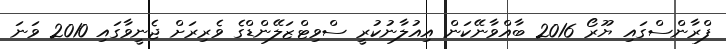
ފްރާންސްގައި ޔޫރޯ 2016 ބާއްވާނޭކަން އިއުލާނުކުރީ ސްވިޓްޒަލޭންޑްގެ ވެރިރަށް ޖެނީވާގައި 2010 ވަނަ